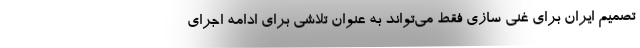
تصمیم ایران برای غنی سازی فقط می‌تواند به عنوان تلاشی برای ادامه اجرای